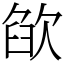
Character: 欿